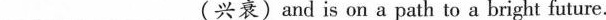
___ (兴衰)and is on a path to a bright future.